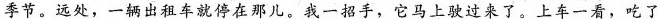
季节。远处，一辆出租车就停在那儿。我一招手，它马上驶过来了。上车一看，吃了